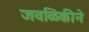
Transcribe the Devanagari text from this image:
जवळिकीने